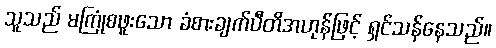
သူသည် မကြုံစဖူးသော ခံစားချက်ပီတိအဟုန်ဖြင့် ရှင်သန်နေသည်။